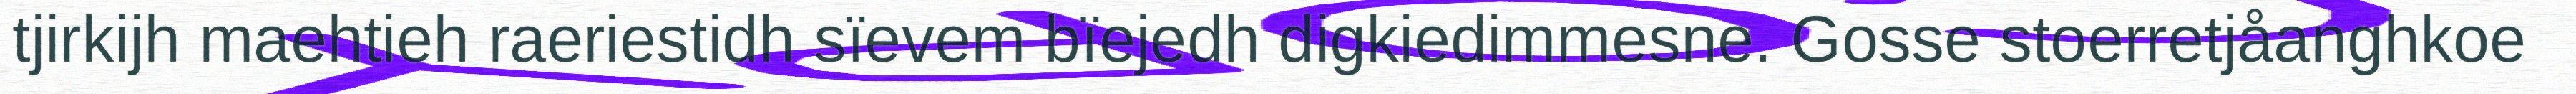
tjirkijh maehtieh raeriestidh sïevem bïejedh digkiedimmesne. Gosse stoerretjåanghkoe